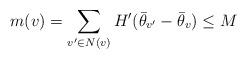
LaTeX: \begin{align*}m(v) = \sum_{v' \in N(v)} H'(\bar{\theta}_{v'} - \bar{\theta}_v) \leq M\end{align*}